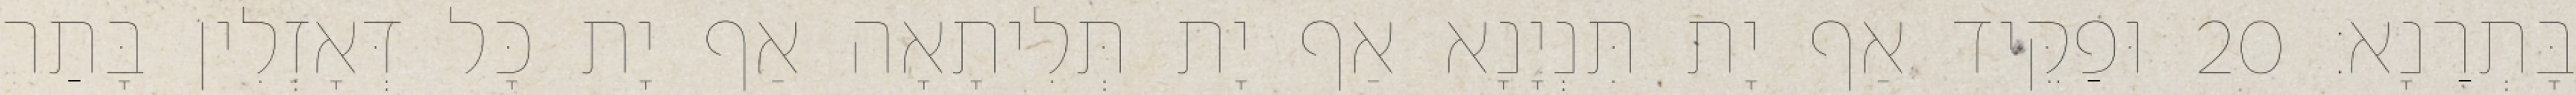
בָּתְרַנָא׃ 20 וּפַקֵּיד אַף יָת תִּנְיָנָא אַף יָת תְּלִיתָאָה אַף יָת כָּל דְּאָזְלִין בָּתַר